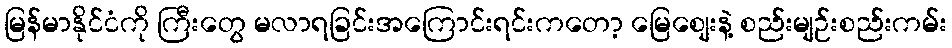
မြန်မာနိုင်ငံကို ကြီးတွေ မလာရခြင်းအကြောင်းရင်းကတော့ မြေစျေးနဲ့ စည်းမျဉ်းစည်းကမ်း